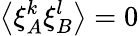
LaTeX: \left\langle\xi_{A}^{k}\xi_{B}^{l}\right\rangle=0